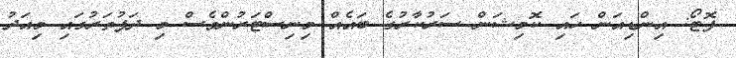
ފޮޓޯ: އިންޑިއަން ހައި ކޮމިޝަން ސަރުކާރުގެ ބައެއް މިނިސްޓަރުންވެސް މި ދަފުތަރުގައި މިއަދު